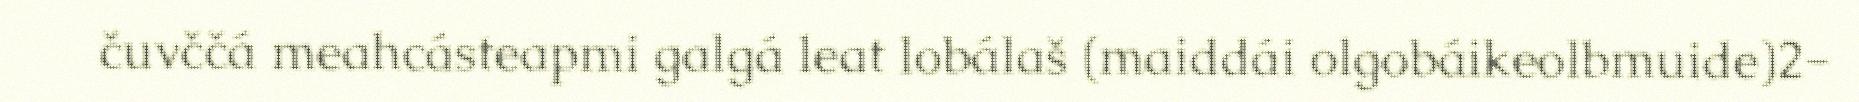
čuvččá meahcásteapmi galgá leat lobálaš (maiddái olgobáikeolbmuide)2-